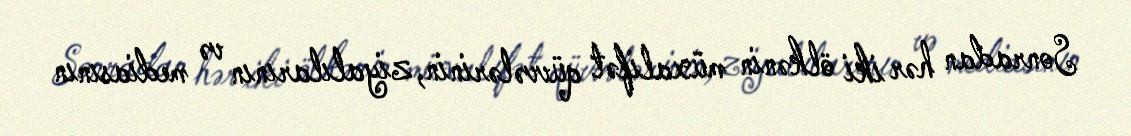
Sonradan hər iki ölkənin müxalifət qüvvələrinin, ziyalılarının və mediasının